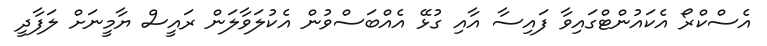
އެސްކްރޯ އެކައުންޓްގައިވާ ފައިސާ އާއި ގުޅޭ އެއްބަސްވުން އެކުލަވާލަން ރައީސް ޔާމީނަށް ލަފާދީ